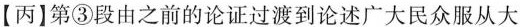
【丙]第③段由之前的论证过渡到论述广大民众服从大